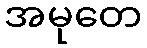
အမုတေ